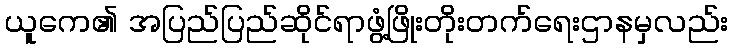
ယူကေ၏ အပြည်ပြည်ဆိုင်ရာဖွံ့ဖြိုးတိုးတက်ရေးဌာနမှလည်း